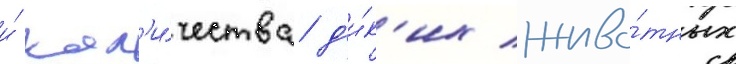
и́ кол'и́чества д'и́к'их живо́тных